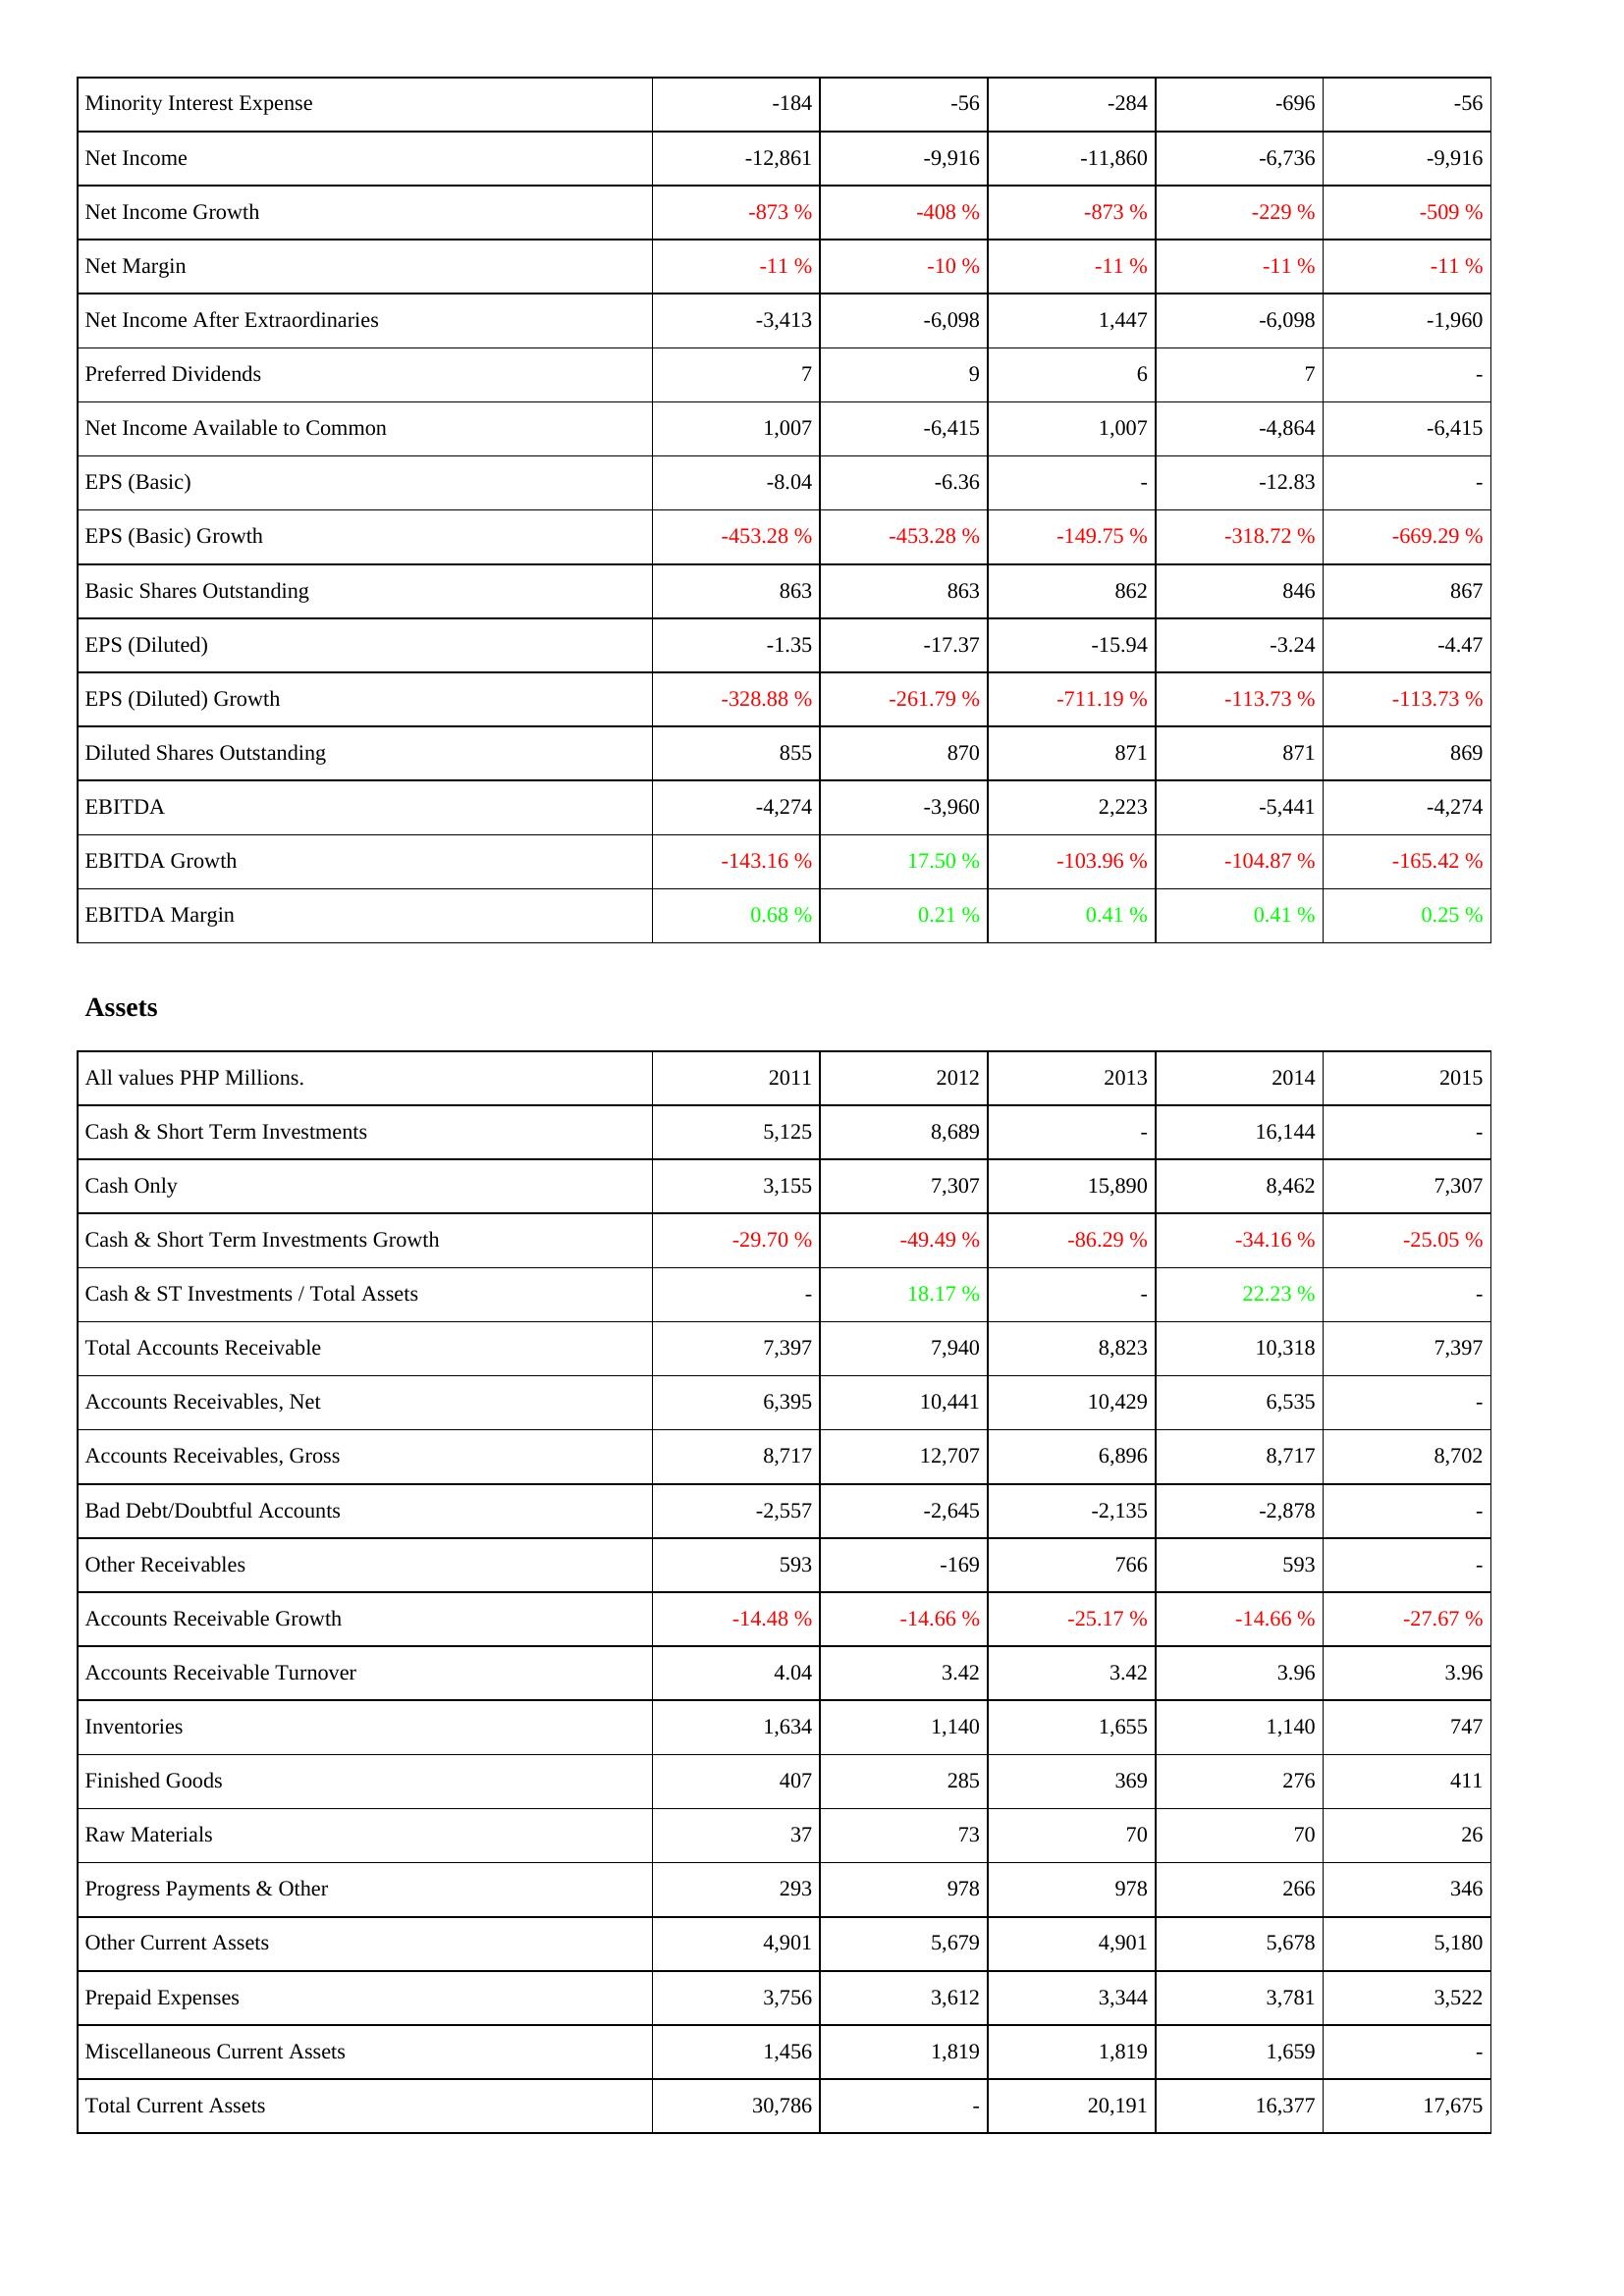
2011: Income Statement: Minority Interest Expense: -184
Net Income: -12,861
Net Income Growth: -873 %
Net Margin: -11 %
Net Income After Extraordinaries: -3,413
Preferred Dividends: 7
Net Income Available to Common: 1,007
EPS (Basic): -8.04
EPS (Basic) Growth: -453.28 %
Basic Shares Outstanding: 863
EPS (Diluted): -1.35
EPS (Diluted) Growth: -328.88 %
Diluted Shares Outstanding: 855
EBITDA: -4,274
EBITDA Growth: -143.16 %
EBITDA Margin: 0.68 %
Assets: Cash & Short Term Investments: 5,125
Cash Only: 3,155
Cash & Short Term Investments Growth: -29.70 %
Cash & ST Investments / Total Assets: -
Total Accounts Receivable: 7,397
Accounts Receivables, Net: 6,395
Accounts Receivables, Gross: 8,717
Bad Debt/Doubtful Accounts: -2,557
Other Receivables: 593
Accounts Receivable Growth: -14.48 %
Accounts Receivable Turnover: 4.04
Inventories: 1,634
Finished Goods: 407
Raw Materials: 37
Progress Payments & Other: 293
Other Current Assets: 4,901
Prepaid Expenses: 3,756
Miscellaneous Current Assets: 1,456
Total Current Assets: 30,786
2012: Income Statement: Minority Interest Expense: -56
Net Income: -9,916
Net Income Growth: -408 %
Net Margin: -10 %
Net Income After Extraordinaries: -6,098
Preferred Dividends: 9
Net Income Available to Common: -6,415
EPS (Basic): -6.36
EPS (Basic) Growth: -453.28 %
Basic Shares Outstanding: 863
EPS (Diluted): -17.37
EPS (Diluted) Growth: -261.79 %
Diluted Shares Outstanding: 870
EBITDA: -3,960
EBITDA Growth: 17.50 %
EBITDA Margin: 0.21 %
Assets: Cash & Short Term Investments: 8,689
Cash Only: 7,307
Cash & Short Term Investments Growth: -49.49 %
Cash & ST Investments / Total Assets: 18.17 %
Total Accounts Receivable: 7,940
Accounts Receivables, Net: 10,441
Accounts Receivables, Gross: 12,707
Bad Debt/Doubtful Accounts: -2,645
Other Receivables: -169
Accounts Receivable Growth: -14.66 %
Accounts Receivable Turnover: 3.42
Inventories: 1,140
Finished Goods: 285
Raw Materials: 73
Progress Payments & Other: 978
Other Current Assets: 5,679
Prepaid Expenses: 3,612
Miscellaneous Current Assets: 1,819
Total Current Assets: -
2013: Income Statement: Minority Interest Expense: -284
Net Income: -11,860
Net Income Growth: -873 %
Net Margin: -11 %
Net Income After Extraordinaries: 1,447
Preferred Dividends: 6
Net Income Available to Common: 1,007
EPS (Basic): -
EPS (Basic) Growth: -149.75 %
Basic Shares Outstanding: 862
EPS (Diluted): -15.94
EPS (Diluted) Growth: -711.19 %
Diluted Shares Outstanding: 871
EBITDA: 2,223
EBITDA Growth: -103.96 %
EBITDA Margin: 0.41 %
Assets: Cash & Short Term Investments: -
Cash Only: 15,890
Cash & Short Term Investments Growth: -86.29 %
Cash & ST Investments / Total Assets: -
Total Accounts Receivable: 8,823
Accounts Receivables, Net: 10,429
Accounts Receivables, Gross: 6,896
Bad Debt/Doubtful Accounts: -2,135
Other Receivables: 766
Accounts Receivable Growth: -25.17 %
Accounts Receivable Turnover: 3.42
Inventories: 1,655
Finished Goods: 369
Raw Materials: 70
Progress Payments & Other: 978
Other Current Assets: 4,901
Prepaid Expenses: 3,344
Miscellaneous Current Assets: 1,819
Total Current Assets: 20,191
2014: Income Statement: Minority Interest Expense: -696
Net Income: -6,736
Net Income Growth: -229 %
Net Margin: -11 %
Net Income After Extraordinaries: -6,098
Preferred Dividends: 7
Net Income Available to Common: -4,864
EPS (Basic): -12.83
EPS (Basic) Growth: -318.72 %
Basic Shares Outstanding: 846
EPS (Diluted): -3.24
EPS (Diluted) Growth: -113.73 %
Diluted Shares Outstanding: 871
EBITDA: -5,441
EBITDA Growth: -104.87 %
EBITDA Margin: 0.41 %
Assets: Cash & Short Term Investments: 16,144
Cash Only: 8,462
Cash & Short Term Investments Growth: -34.16 %
Cash & ST Investments / Total Assets: 22.23 %
Total Accounts Receivable: 10,318
Accounts Receivables, Net: 6,535
Accounts Receivables, Gross: 8,717
Bad Debt/Doubtful Accounts: -2,878
Other Receivables: 593
Accounts Receivable Growth: -14.66 %
Accounts Receivable Turnover: 3.96
Inventories: 1,140
Finished Goods: 276
Raw Materials: 70
Progress Payments & Other: 266
Other Current Assets: 5,678
Prepaid Expenses: 3,781
Miscellaneous Current Assets: 1,659
Total Current Assets: 16,377
2015: Income Statement: Minority Interest Expense: -56
Net Income: -9,916
Net Income Growth: -509 %
Net Margin: -11 %
Net Income After Extraordinaries: -1,960
Preferred Dividends: -
Net Income Available to Common: -6,415
EPS (Basic): -
EPS (Basic) Growth: -669.29 %
Basic Shares Outstanding: 867
EPS (Diluted): -4.47
EPS (Diluted) Growth: -113.73 %
Diluted Shares Outstanding: 869
EBITDA: -4,274
EBITDA Growth: -165.42 %
EBITDA Margin: 0.25 %
Assets: Cash & Short Term Investments: -
Cash Only: 7,307
Cash & Short Term Investments Growth: -25.05 %
Cash & ST Investments / Total Assets: -
Total Accounts Receivable: 7,397
Accounts Receivables, Net: -
Accounts Receivables, Gross: 8,702
Bad Debt/Doubtful Accounts: -
Other Receivables: -
Accounts Receivable Growth: -27.67 %
Accounts Receivable Turnover: 3.96
Inventories: 747
Finished Goods: 411
Raw Materials: 26
Progress Payments & Other: 346
Other Current Assets: 5,180
Prepaid Expenses: 3,522
Miscellaneous Current Assets: -
Total Current Assets: 17,675